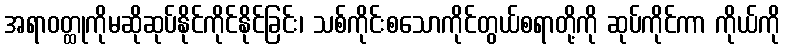
အရာဝတ္ထုကိုမဆိုဆုပ်နိုင်ကိုင်နိုင်ခြင်း၊ သစ်ကိုင်းစသောကိုင်တွယ်စရာတို့ကို ဆုပ်ကိုင်ကာ ကိုယ်ကို